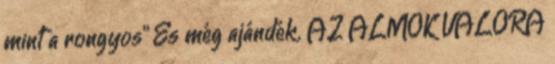
mint a rongyos" És még ajándék. AZ ÁLMOK VALÓRA